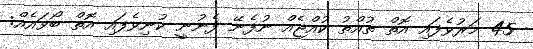
45 މަރުވެފައި އޮތް ތުއްތު ކުއްޖެއް ނުފެނޭ ފެނުނީ ކުނިވެފައި އޮތް ބޯވައެއް: